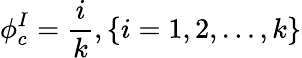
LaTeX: \phi_{c}^{I}=\frac{i}{k},\{ i=1,2,\dots,k\}